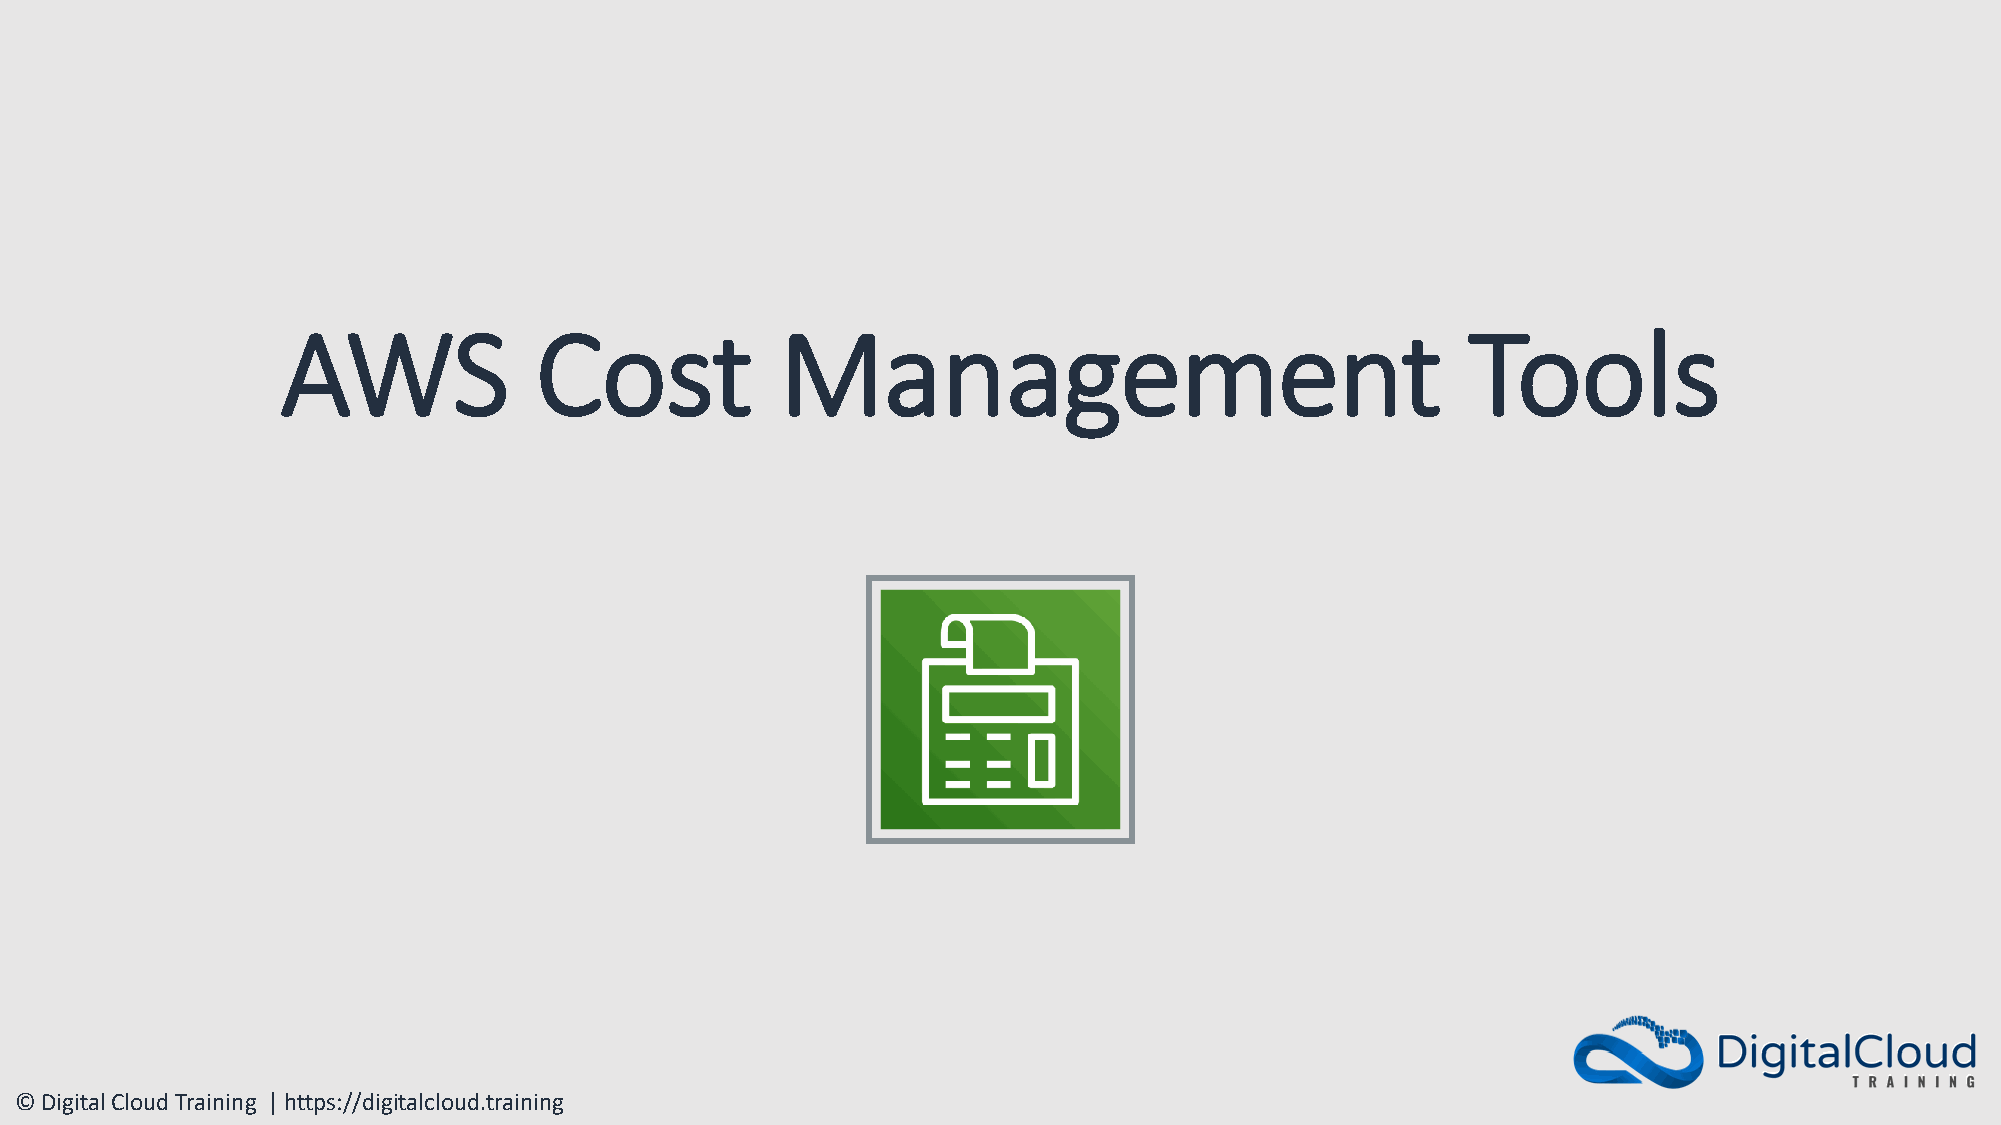
AWS             Cost             Management                                   Tools
 © Digital Cloud Training | https://digitalcloud.training